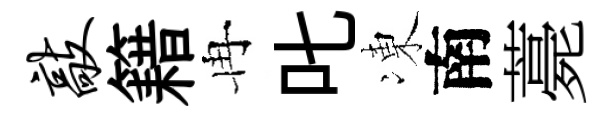
敲籍冉叱凍南薧